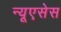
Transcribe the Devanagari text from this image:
न्यूएसेस